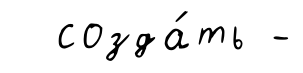
созда́ть -